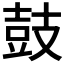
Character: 鼓